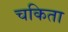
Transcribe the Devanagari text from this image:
चकिता